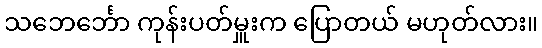
သဘေင်္ဘော ကုန်းပတ်မှူးက ပြောတယ် မဟုတ်လား။